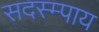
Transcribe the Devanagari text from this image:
सदस्म्पाय